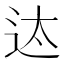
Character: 迏